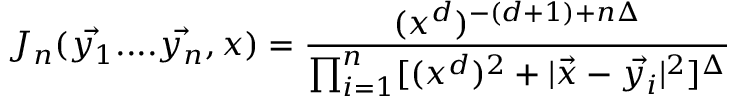
J _ { n } ( \vec { y _ { 1 } } . . . . \vec { y _ { n } } , x ) = \frac { ( x ^ { d } ) ^ { - ( d + 1 ) + n \Delta } } { \prod _ { i = 1 } ^ { n } [ ( x ^ { d } ) ^ { 2 } + | \vec { x } - \vec { y _ { i } } | ^ { 2 } ] ^ { \Delta } }